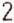
2